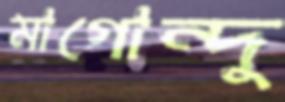
মাগোন্দু